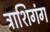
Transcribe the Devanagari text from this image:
त्राशिगंग